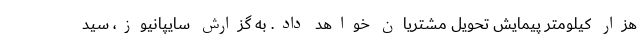
هزار کیلومتر پیمایش تحویل مشتریان خواهد داد. به گزارش سایپانیوز، سید